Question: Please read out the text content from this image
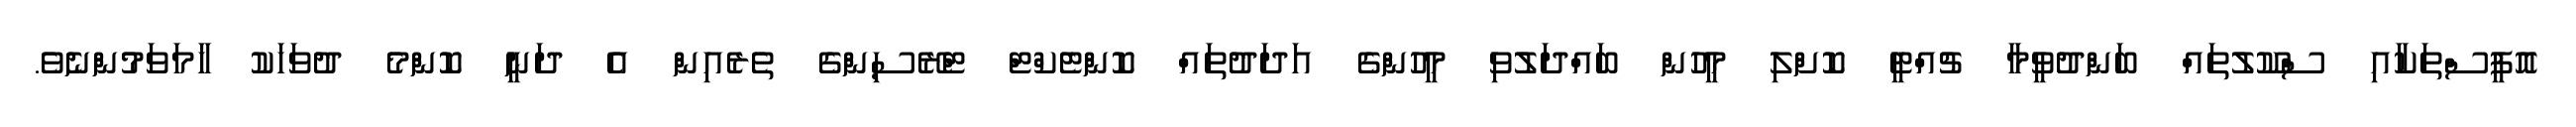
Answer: އޮފީސްތަކާއި ސްކޫލުތައް ބަންދުވީމާ ޗުއްޓީ ކޮށްލި މީހުން ބައްދަލުވި މީހުންގެ އަދަދުތައް ކޮންޓެކްޓް ޓްރޭސިންގެ ތެރެއިން އެ ދަނީ ކޮންމެ ދުވަހަކު ހާމަވަމުންނެވެ.